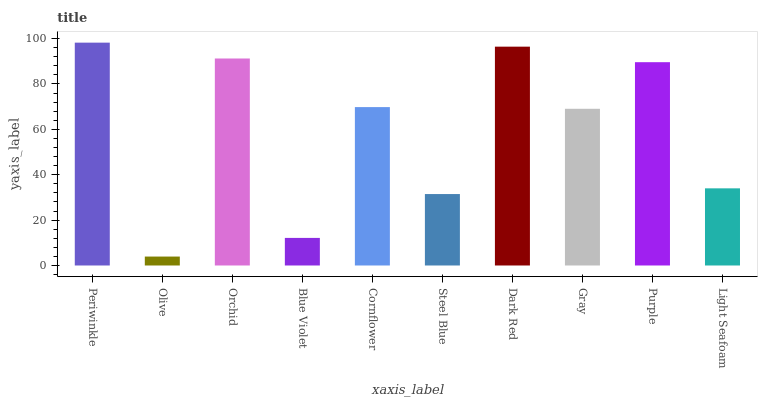
| xaxis_label | bars |
 | --- | --- |
 | Periwinkle | 98.2 |
 | Olive | 3.94 |
 | Orchid | 91.2 |
 | Blue Violet | 12.2 |
 | Cornflower | 69.8 |
 | Steel Blue | 31.5 |
 | Dark Red | 96.5 |
 | Gray | 69.1 |
 | Purple | 89.6 |
 | Light Seafoam | 34 |